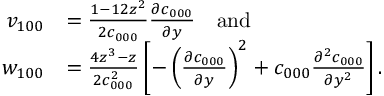
\begin{array} { r l } { v _ { 1 0 0 } } & { = \frac { 1 - 1 2 z ^ { 2 } } { 2 c _ { 0 0 0 } } \frac { \partial c _ { 0 0 0 } } { \partial y } \quad \mathrm { a n d } } \\ { w _ { 1 0 0 } } & { = \frac { 4 z ^ { 3 } - z } { 2 c _ { 0 0 0 } ^ { 2 } } \left[ - \left( \frac { \partial c _ { 0 0 0 } } { \partial y } \right) ^ { 2 } + c _ { 0 0 0 } \frac { \partial ^ { 2 } c _ { 0 0 0 } } { \partial y ^ { 2 } } \right] . } \end{array}